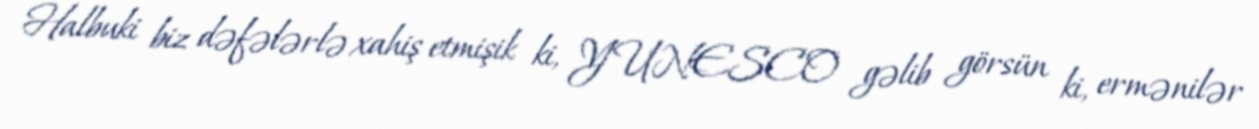
Halbuki biz dəfələrlə xahiş etmişik ki, YUNESCO gəlib görsün ki, ermənilər